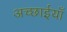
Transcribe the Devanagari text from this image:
अच्छाईयाँ